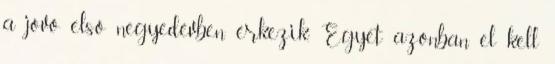
a jövő első negyedévben érkezik. Egyet azonban el kell